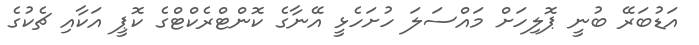
އަޑުބަރޭ ބުނީ ޕޮލިހަށް މައްސަލަ ހުށަހެޅީ އޭނާގެ ކޮންޓްރެކްޓްގެ ކޮޕީ އަކާއި ޗެކުގެ